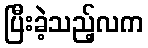
ပြီးခဲ့သည့်လက